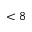
< 8